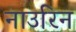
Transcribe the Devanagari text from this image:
नाउरिन